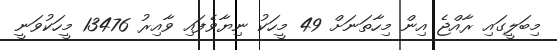
މިބަލީގައި ރާއްޖެ އިން މިހާތަނަށް 49 މީހަކު ނިޔާވެފައި ވާއިރު 13476 މީހަކުވަނީ